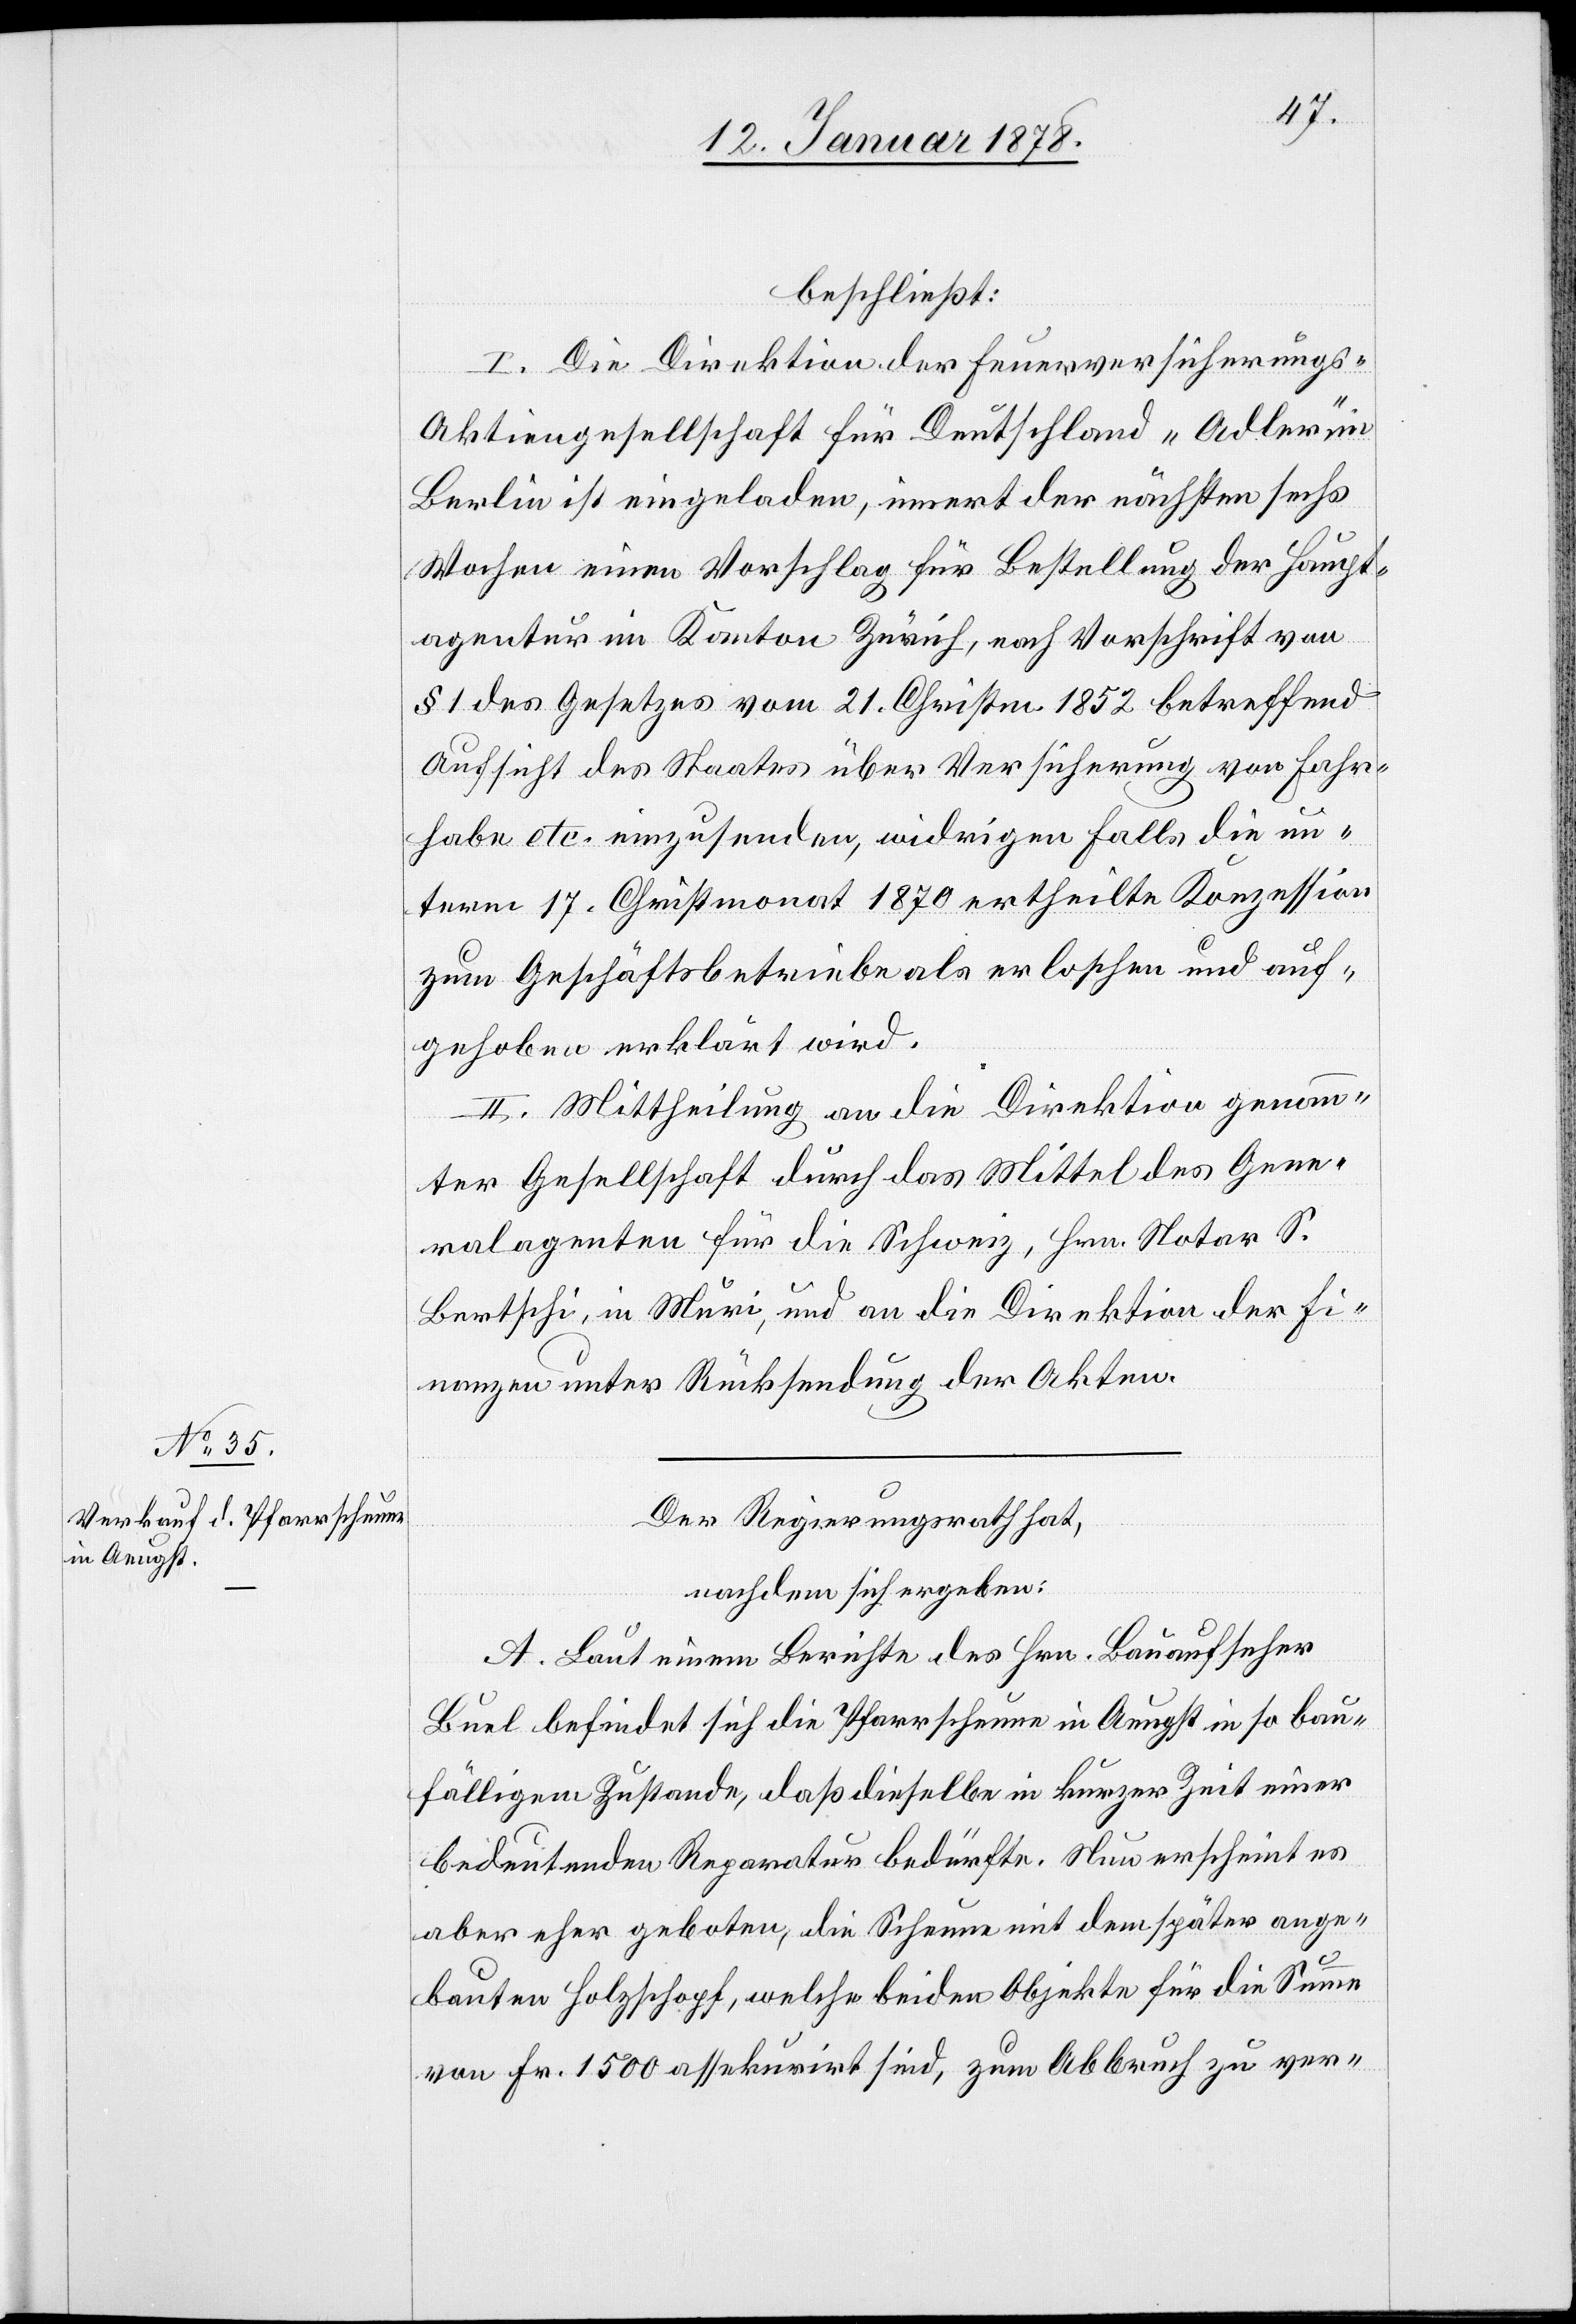
beschließt:
A.
I. Die Direktion der Feuerversicherungs-A¬
ktiengesellschaft für Deutschland „Adler“ in
Berlin ist eingeladen, innert der nächsten sechs
Wochen einen Vorschlag für Bestellung der Haupt¬
agentur im Kanton Zürich, nach Vorschrift von
§ 1 des Gesetzes vom 21. Christm. 1852 betreffend
Aufsicht des Staates über Versicherung von Fahr¬
habe etc. einzusenden, widrigen Falls die un¬
term 17. Christmonat 1870 ertheilte Konzession
zum Geschäftsbetriebe als erloschen und auf¬
gehoben erklärt wird.
II. Mittheilung an die Direktion genann¬
ter Gesellschaft durch das Mittel des Gene¬
ralagenten für die Schweiz, Hrn. Notar S.
Bertschi, in Muri, und an die Direktion der Fi¬
nanzen unter Rücksendung der Akten.
Der Regierungsrath hat,
nachdem sich ergeben:
Laut einem Berichte des Hrn. Bauaufseher
Buel befindet sich die Pfarrscheune in Aeugst in so bau¬
fälligem Zustande, daß dieselbe in kurzer Zeit einer
bedeutenden Reparatur bedürfte. Nun erscheint es
aber eher geboten, die Scheune mit dem später ange¬
bauten Holzschopf, welche beiden Objekte für die Summe
von Fr. 1500 assekurirt sind, zum Abbruch zu ver-